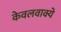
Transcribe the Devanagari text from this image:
केवलवाक्ये